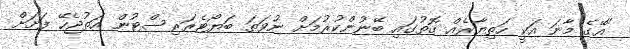
"އޭގެ މާނަ އަކީ ހަތިޔާރެއް ގޮތުގައި ބޭނުންކުރުމަށް ނުވަތަ ބަޔޯޓެރަރިސްޓުން އަތުޖެހޭ ފަށަށް